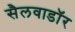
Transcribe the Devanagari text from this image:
सैलवाडॉर